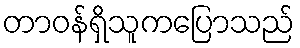
တာဝန်ရှိသူကပြောသည်